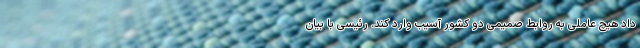
داد هیچ عاملی به روابط صمیمی دو کشور آسیب وارد کند. رئیسی با بیان